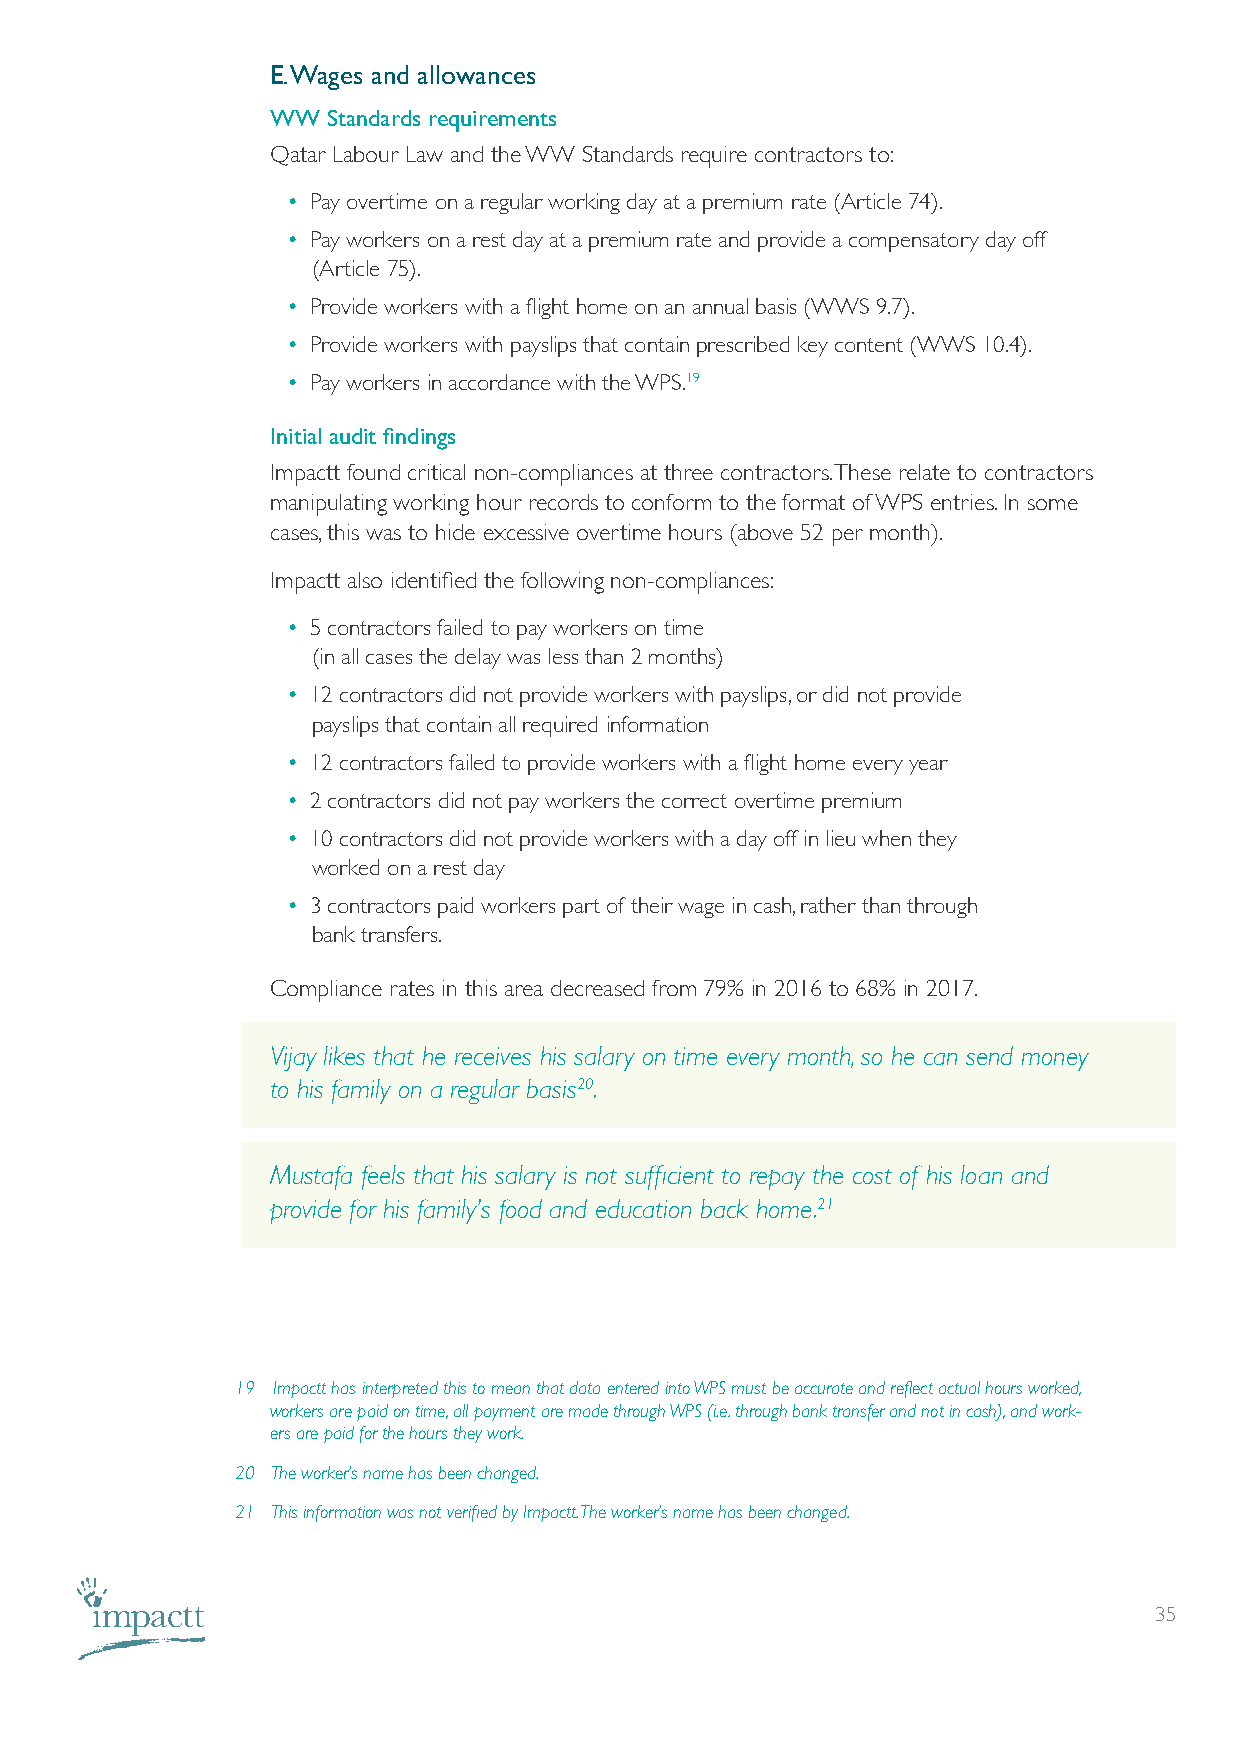
E. Wages and allowances
 WW  Standards requirements
 Qatar Labour Law and the WW Standards require contractors to:
 • Pay overtime on a regular working day at a premium rate (Article 74).
 • Pay workers on a rest day at a premium rate and provide a compensatory day off
 (Article 75).
 • Provide workers with a flight home on an annual basis (WWS 9.7).
 • Provide workers with payslips that contain prescribed key content (WWS 10.4).
 • Pay workers in accordance with the WPS.19
 Initial audit findings
 Impactt found critical non-compliances at three contractors. These relate to contractors
 manipulating working hour records to conform to the format of WPS entries. In some
 cases, this was to hide excessive overtime hours (above 52 per month).
 Impactt also identified the following non-compliances:
 • 5 contractors failed to pay workers on time
 (in all cases the delay was less than 2 months)
 • 12 contractors did not provide workers with payslips, or did not provide
 payslips that contain all required information
 • 12 contractors failed to provide workers with a flight home every year
 • 2 contractors did not pay workers the correct overtime premium
 • 10 contractors did not provide workers with a day off in lieu when they
 worked on a rest day
 • 3 contractors paid workers part of their wage in cash, rather than through
 bank transfers.
 Compliance rates in this area decreased from 79% in 2016 to 68% in 2017.
 Vijay likes that he receives his salary on time every month, so he can send money
 to his family on a regular basis20.
 Mustafa feels that his salary is not sufficient to repay the cost of his loan and
 provide for his family’s food and education back home.21
 19 Impactt has interpreted this to mean that data entered into WPS must be accurate and reflect actual hours worked,
 workers are paid on time, all payment are made through WPS (i.e. through bank transfer and not in cash), and work-
 ers are paid for the hours they work.
 20 The worker’s name has been changed.
 21 This information was not verified by Impactt. The worker’s name has been changed.
 35